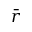
\bar { r }